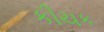
કીચક